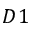
D 1